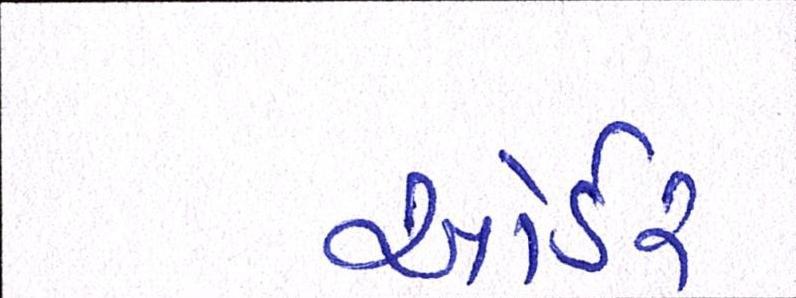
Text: ઓર્ડર